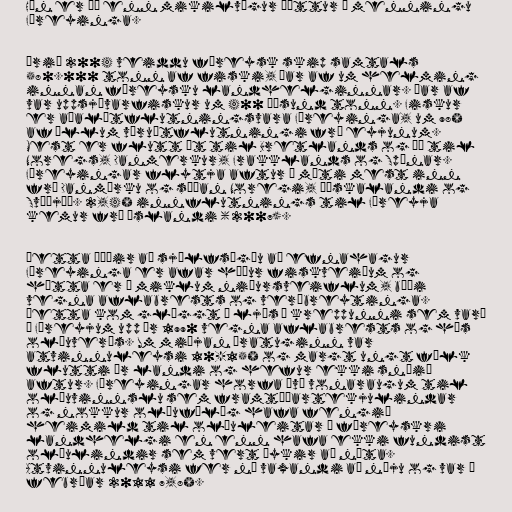
Hún er þó enn mikilvægur þáttur í menningu
Færeyinga.

Árið 2004 veiddu færeysk skip samtals
580.000 tonn af fiski, þar af um helming
innan færeysku landhelginnar. Þar af
var uppsjávarfiskur um 400 þúsund tonn. Fiskur
er aðalútflutningsvara Færeyinga, um 98%
af öllum vöruútflutningi frá eyjunum.
Mest er flutt út til Bretlands og þá til
Noregs, Danmerkur, Frakklands og Spánar.
Færeyingar flytja aftur á móti mest inn
frá Danmörku og síðan Noregi, Þýskalandi og
Svíþjóð. 2,4% innflutnings til Færeyja
kemur frá Íslandi (2007).

Þetta þýðir að sjálfsögðu að efnahagur
Færeyinga er afar háður fiskveiðum og
hætta er á miklum niðursveiflum, bæði
vegna aflabrests og verðbreytinga.
Þetta kom glöggt í ljós í kreppunni sem varð
í Færeyjum upp úr 1990 vegna aflabrests og hás
olíuverðs. Um miðjan áratuginn var
atvinnuleysi 10-15% og margt ungt fólk
flutti úr landi og hefur ekki snúið
aftur. Færeyingar horfa því vonaraugum til
olíuvinnslu sem framtíðartekjulindar
og nokkur olíufélög hafa fengið
heimild til olíuleitar í færeyskri
landhelgi en enn hafa ekki fundist
olíulindir sem vert þykir að nýta.
Atvinnuleysi fer nú vaxandi að nýju og var í
febrúar 2011 7,8%.